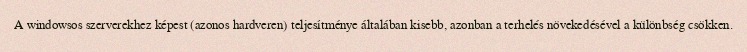
A windowsos szerverekhez képest (azonos hardveren) teljesítménye általában kisebb, azonban a terhelés növekedésével a különbség csökken.